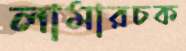
লামারচক